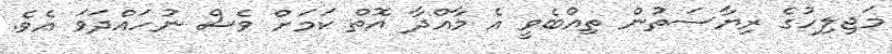
މަޖިލިހުގެ ރިޔާސަތުން ތިއްބެވީ އެ މާއްދާ އޮތް ކަމަށް ވެސް ނުހައްދަވަ އެވެ.